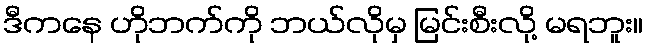
ဒီကနေ ဟိုဘက်ကို ဘယ်လိုမှ မြင်းစီးလို့ မရဘူး။